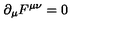
\partial _ { \mu } F ^ { \mu \nu } = 0